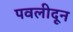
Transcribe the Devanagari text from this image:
पवलीदून